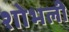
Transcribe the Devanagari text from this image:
शोभली